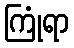
ကြုံရာ